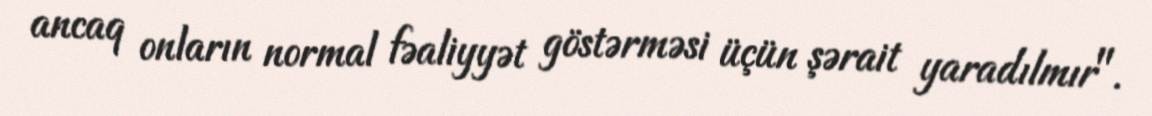
ancaq onların normal fəaliyyət göstərməsi üçün şərait yaradılmır".